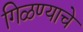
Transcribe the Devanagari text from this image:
गिळण्याचे